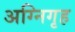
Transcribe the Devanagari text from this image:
अग्निगृह